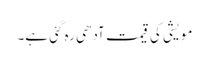
مویشی کی قیمت آدھی رہ گئی ہے۔